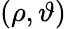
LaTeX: (\rho,\vartheta)